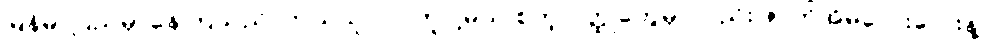
မြန်မာပြည်မှာနေကြသည်၊ ဘယ်သူ လာကူပါ့မယ် စတဲ့ ဝတ္ထုတွေမှာလည်း ဇာတ်အိမ်လေးလေးနဲ့